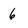
Character: 6